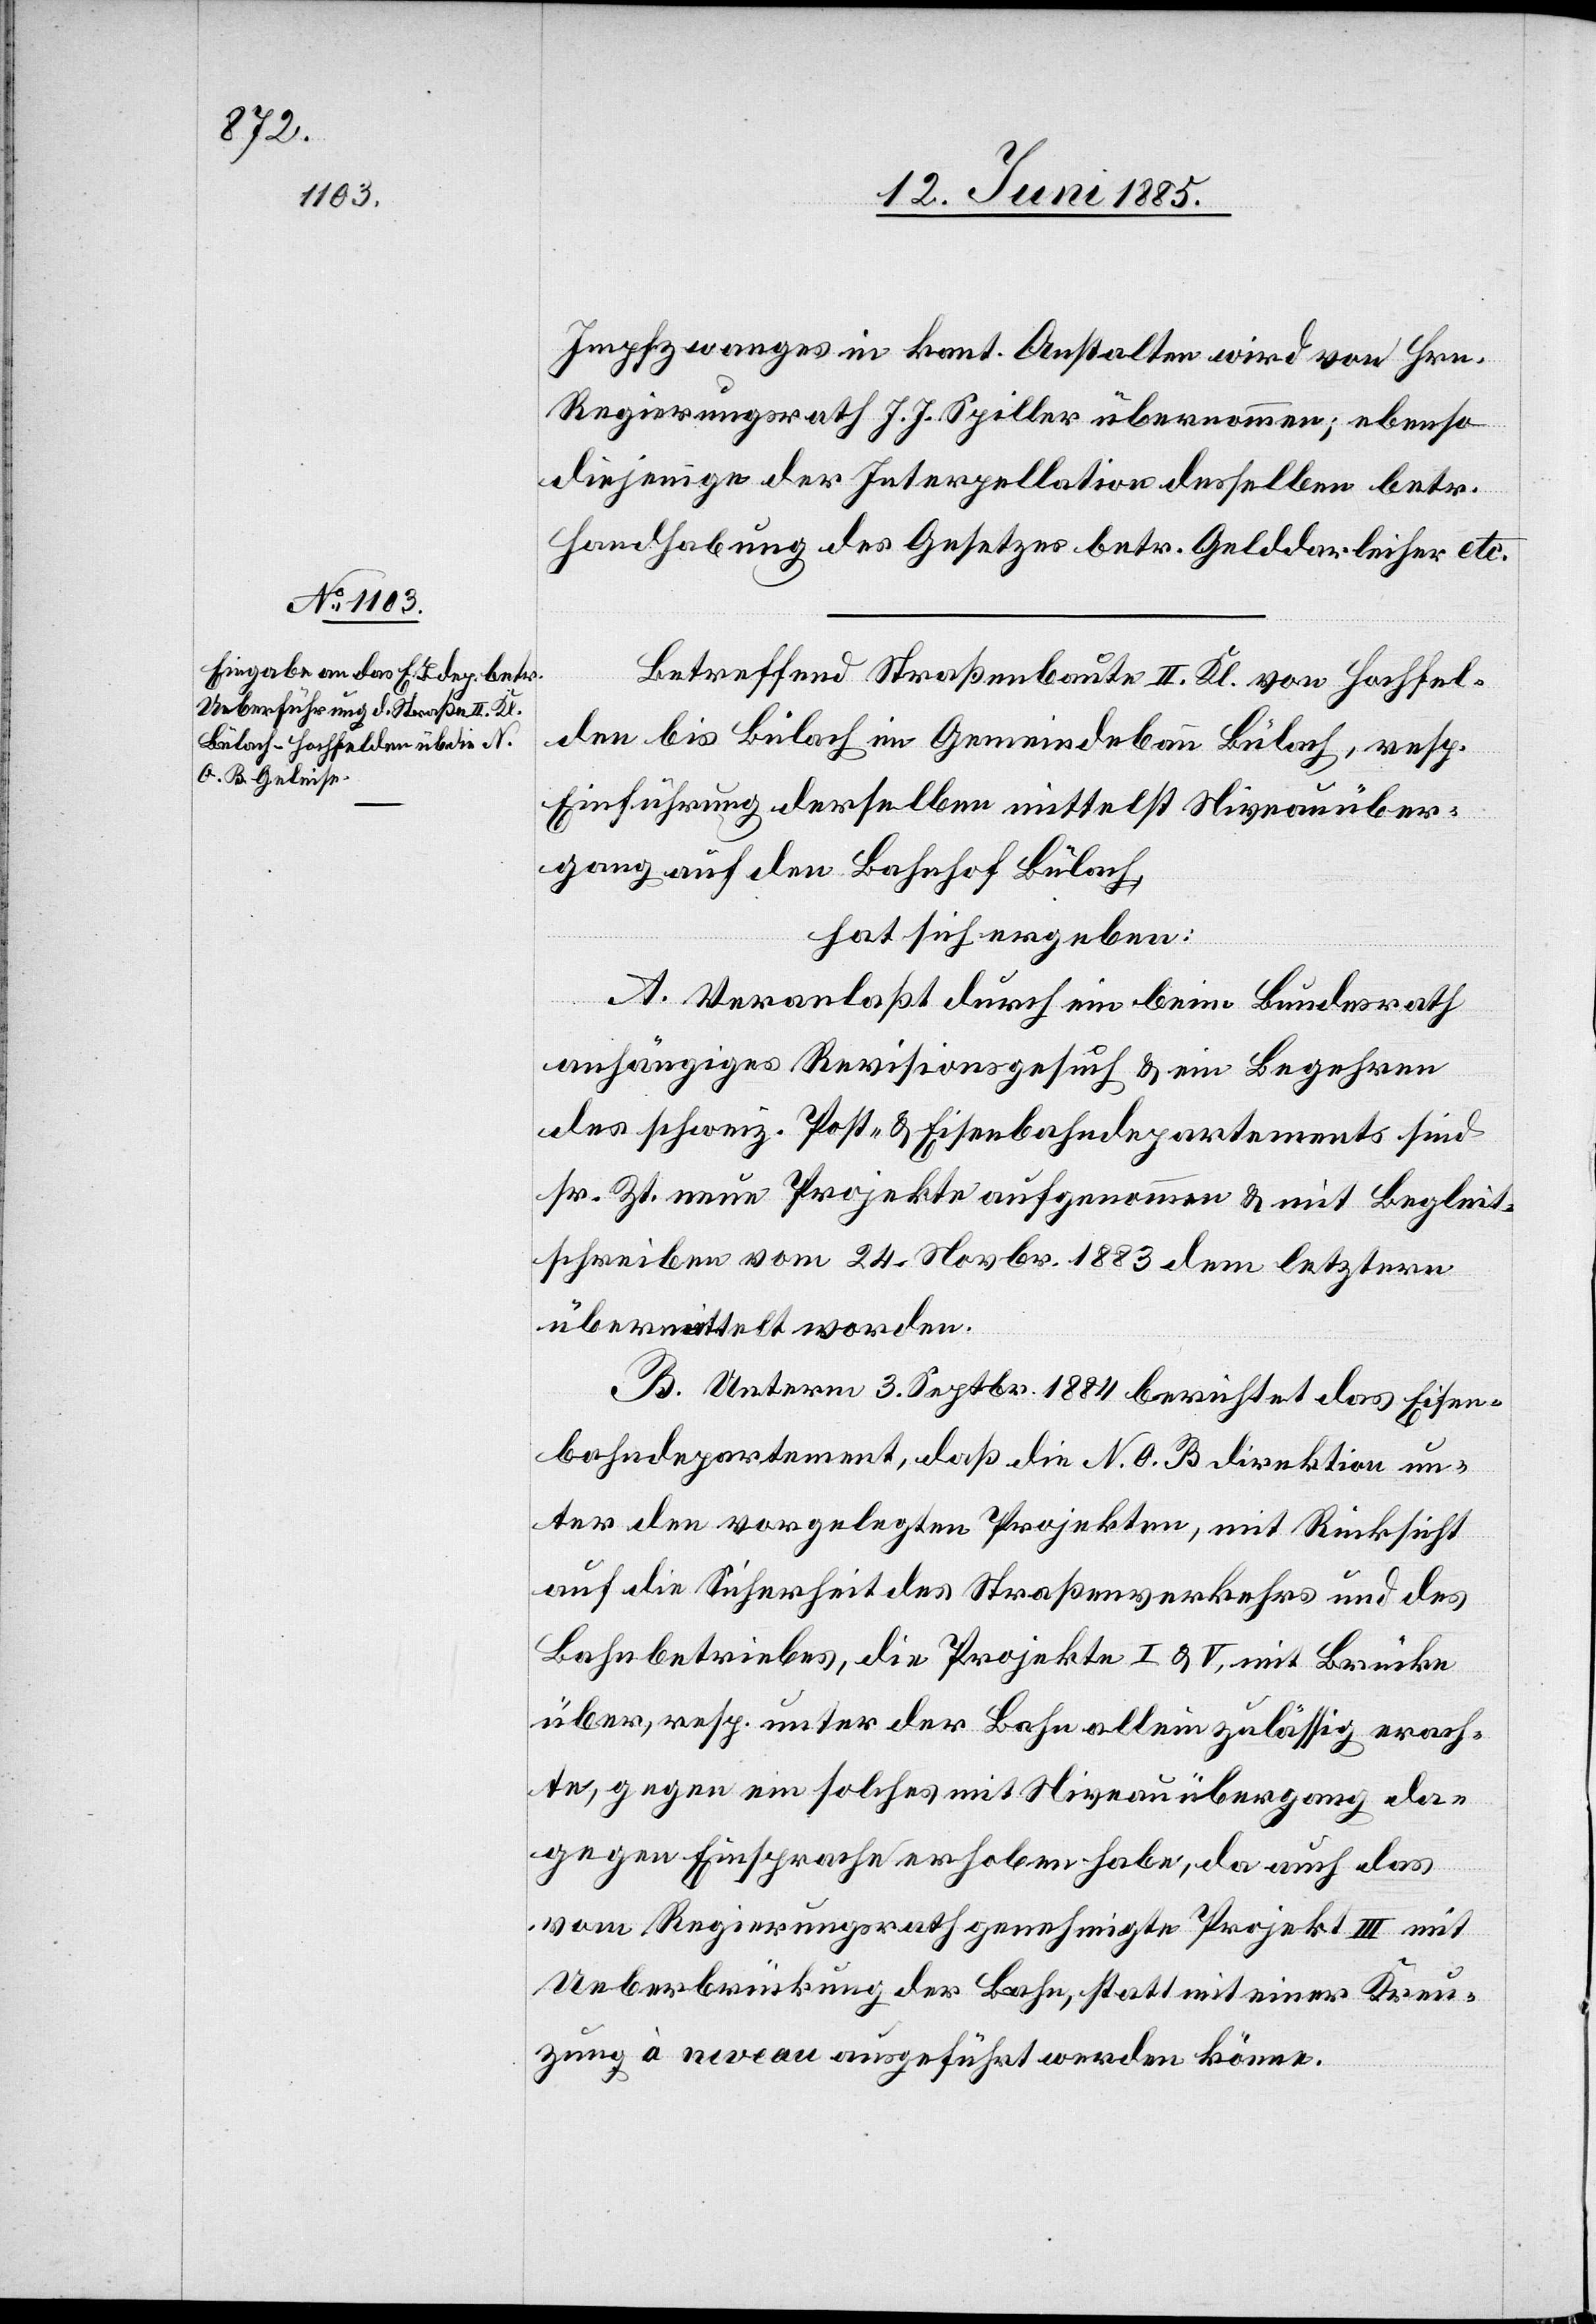
Impfzwanges in kant. Anstalten wird von Hrn.
Regierungsrath J. J. Spiller übernommen; ebenso
diejenige der Interpellation desselben betr.
Handhabung des Gesetzes betr. Gelddarleiher etc.
Betreffend Straßenbaute II. Kl. von Hochfel¬
den bis Bülach im Gemeindebann Bülach, resp.
Einführung derselben mittelst Niveauüber¬
gang auf den Bahnhof Bülach,
hat sich ergeben:
A. Veranlaßt durch ein beim Bundesrath
anhängiges Revisionsgesuch & ein Begehren
des schweiz. Post- & Eisenbahndepartements sind
sr. Zt. neue Projekte aufgenommen & mit Begleit¬
schreiben vom 24. Novbr. 1883 dem letztern
übermittelt worden.
B. Unterm 3. Septbr. 1884 berichtet das Eisen¬
bahndepartement, daß die N. O. B[-]direktion un¬
ter den vorgelegten Projekten, mit Rücksicht
auf die Sicherheit des Straßenverkehrs und des
Bahnbetriebes, die Projekte I & V, mit Brücke
über, resp. unter der Bahn allein zulässig erach¬
te, gegen ein solches mit Niveauübergang da¬
gegen Einsprache erhoben habe, da auch das
vom Regierungsrath genehmigte Projekt III mit
Ueberbrückung der Bahn, statt mit einer Kreu¬
zung à niveau ausgeführt werden könne.